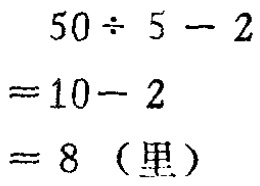
\[

\begin{align*}

&50\div5 - 2\\

=&10 - 2\\

=&8\ (\text{里})

\end{align*}

\]